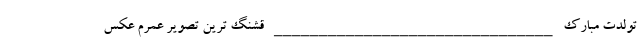
تولدت مبارک _______________________________ قشنگ ترین تصویر عمرم عکس